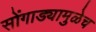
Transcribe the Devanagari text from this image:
सोंगाड्यामुळेच